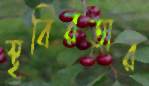
স্থবিরতার